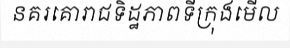
នគរគោរាជទិដ្ឋភាពទីក្រុងមើល